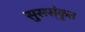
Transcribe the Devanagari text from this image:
सुसस्ंकृत